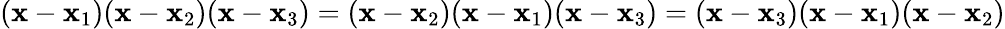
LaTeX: (\mathbf{x}-\mathbf{x}_{1})(\mathbf{x}-\mathbf{x}_{2})(\mathbf{x}-\mathbf{x}_{3})=(\mathbf{x}-\mathbf{x}_{2})(\mathbf{x}-\mathbf{x}_{1})(\mathbf{x}-\mathbf{x}_{3})=(\mathbf{x}-\mathbf{x}_{3})(\mathbf{x}-\mathbf{x}_{1})(\mathbf{x}-\mathbf{x}_{2})